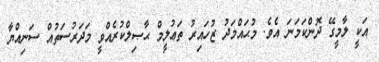
އަކީ ލާމީގޭ ދޮންކަމަނަ އެވެ. މުޙައްމަދު ޒުހައިރު ތަޢުލީމް ޙާޞިލްކުރެއްވީ މަދަރުސަތުއް ސަނިއްޔާ